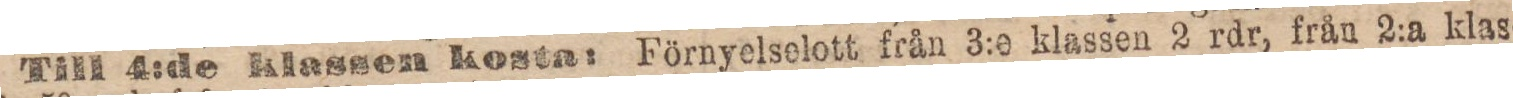
Till 4:de Klassen kosta: Förnyelselott från 3:e klassen 2 rdr, från 2:a klas-